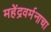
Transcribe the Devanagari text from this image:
महेंद्रवर्मनाचा